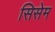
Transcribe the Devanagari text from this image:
सिसेम